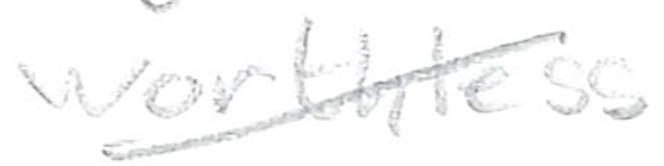
Text: worthless
Cross-out: diagonal
Writing tool: pencil